Leaving Certificate Examination (including Day School Certificate (Higher) General paper), 1931
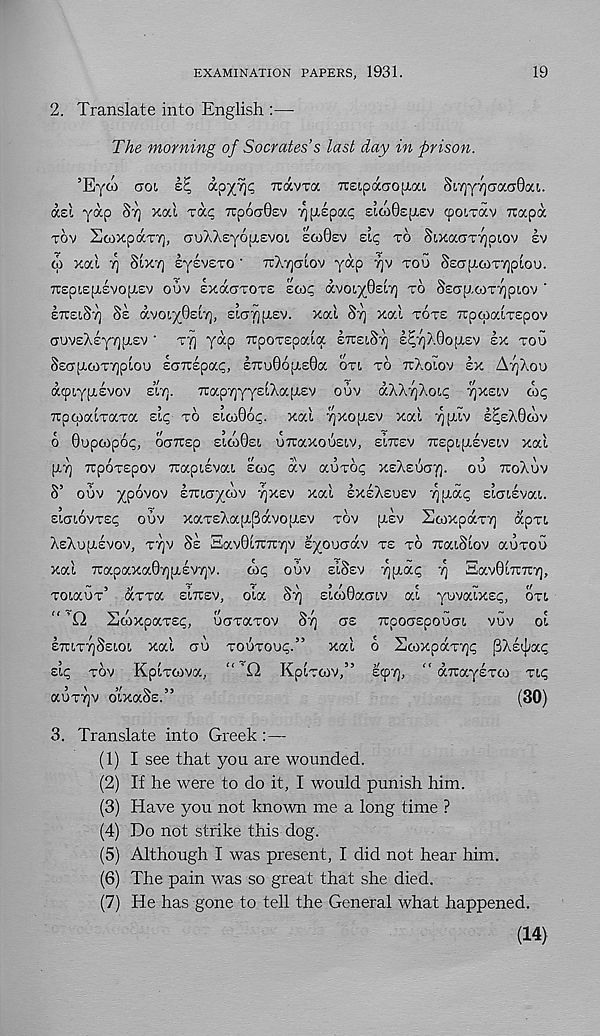
EXAMINATION PAPERS, 1931.
19
2. Translate into English :—-
The morning of Socrates’s last day in prison.
’Eyw aoi
apx% ^VTa TreipaCTO^at, 8IY)Y7]CTOOT0OU.
ast, yap STJ xal Ta;; TrpocrSev ^pilpac; £ico0E(j,ev (poiTav irapa
TOV ScoxpdcTT], GuXXeyopievoi sco0£v zlq TO SixaciTyjoiov £v
CO xal Tj StXT] £y£V£TO • TCAYJCHOV yap 7]V TOU SECT[X6)T7]pLOO.
TCEplEpLEVOplEV OUV EXOCOTOTE EWi? aVOiyOEIT) TO SECTp.OITrjpLOV ‘
ETCEIST] 8E avoiyhsly], staypiEV. xal 8T] xal TOTE xpcoaiTspov
CTUvsXEyTjpiEv ' T?) yap TtpoTspala ETrsiSy] E^yX0o[i£v EX TOO
SEapuATTjplou EOTcspa?, £7ru06[ji£0a OTI TO TtXolov EX AT]XOO
acpiypilvov E’IT).
TrapTjyyslXafXEv ouv aXXyjXoi^ yx£(.v co<;
xpaiaiTaTa sip TO EI(U06<;. xal ^XOJXEV xal '^[alv E^EXOCOV
6 0upcop6p, OerTCEp EIW0EI, UTraXCOEIV, EITCEV TTEpipLEVEIV xal
[XT] TrpoTEpov TTaptEvai Eoip av auTOf; xsAsuay. ou TCOXUV
8’ oov ypovov ETUiaydiv TJXEV xal EXEXEUEV ^[xap siarsvai.
s’unovTEp oov xaTEXapt^avoptEv TOV [XEV ScoxpaTT] apTL
XsXojxsvov, TYJV 8s Sav0t7i:7t7)v syoociav TE TO rraiSlov aoTOo
xal 7rapaxa0Y][X£V7]V.
oii; oov EISEV Xfxap -q Sav0l7T7t7],
ToiaoT 3 aTTa EITTEV, ola 8y Ei(o0aaiv al yuvalxsp, OTI
” ’Q ScoxpaTEi;,
ooTaTOV 8T)
CTE
rcpoaEpooca vov ot
ETCITT^SEIOI xal CTO TOOTOOp.”
xal o ScoxpaT"/]p (3AE^a<;
sip TOV HpiTOiva,
ii KpiTCOv,
Etpvj,
arcayETco Tip
aoTTjv owaSs.”
(30)
3. Translate into Greek:—
(1) I see that you are wounded.
(2) If he were to do it, I would punish him.
(3) Have you not known me a long time ?
(4) Do not strike this dog.
(5) Although I was present, I did not hear him.
(6) The pain was so great that she died.
(7) He has gone to tell the General what happened.
(14)